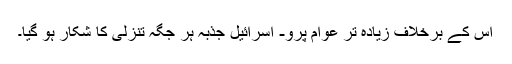
اس کے برخلاف زیادہ تر عوام پرو- اسرائیل جذبہ ہر جگہ تنزلی کا شکار ہو گیا۔